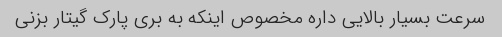
سرعت بسیار بالایی داره مخصوص اینکه به بری پارک گیتار بزنی